Report of the Municipal Commissioner on the plague in Bombay for the year ending 31st May... - Volume 1
Disease focus: Plague
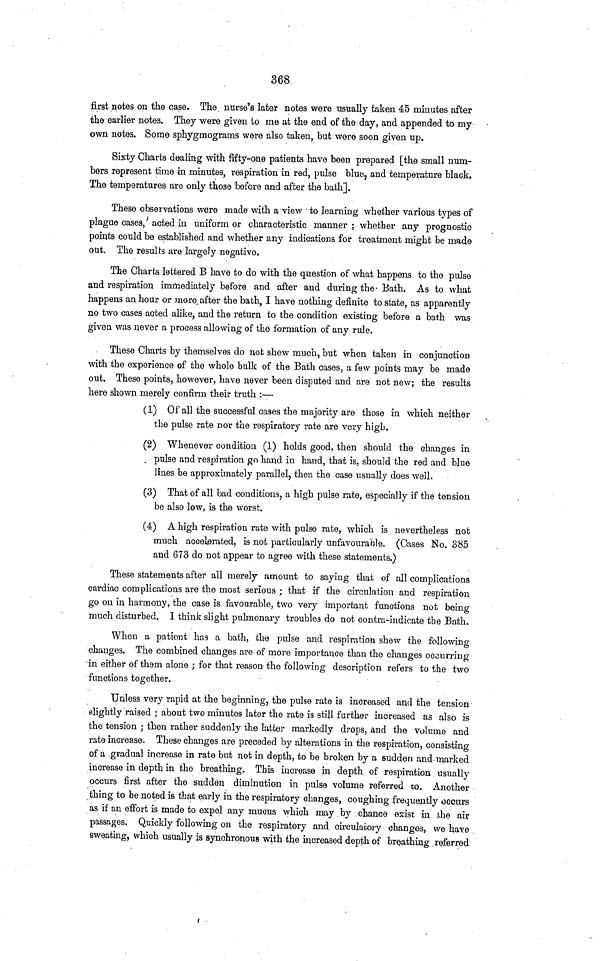
368
first notes on the case. The nurse's later notes were usually taken 45 minutes after
the earlier notes. They were given to me at the end of the day, and appended to my
own notes. Some sphygmograms were also taken, but were soon given up.
Sixty Charts dealing with fifty-one patients have been prepared [the small num-
bers represent time in minutes, respiration in red, pulse blue, and temperature black.
The temperatures are only those before and after the bath].
These observations were made with a view to learning whether various types of
plague cases, acted in uniform or characteristic manner ; whether any prognostic
points could be established and whether any indications for treatment might be made
out. The results are largely negative.
The Charts lettered B have to do with the question of what happens to the pulse
and respiration immediately before and after and during the- Bath. As to what
happens an hour or more after the bath, I have nothing definite to state, as apparently
no two cases acted alike, and the return to the condition existing before a bath was
given was never a process allowing of the formation of any rule.
These Charts by themselves do not shew much, but when taken in conjunction
with the experience of the whole bulk of the Bath cases, a few points may be made
out. These points, however, have never been disputed and are not new; the results
here shown merely confirm their truth :—
(1) Of all the successful cases the majority are those in which neither
the pulse rate nor the respiratory rate are very high.
(2) Whenever condition (1) holds good, then should the changes in
pulse and respiration go hand in hand, that is, should the red and blue
lines be approximately parallel, then the case usually does well.
(3) That of all bad conditions, a high pulse rate, especially if the tension
be also low, is the worst.
(4) A high respiration rate with pulse rate, which is nevertheless not
much accelerated, is not particularly unfavourable. (Cases No. 385
and 673 do not appear to agree with these statements.)
These statements after all merely amount to saying that of all complications
cardiac complications are the most serious ; that if the circulation and respiration
go on in htarmony, the case is favourable, two very important functions not being
much disturbed. I think slight pulmonary troubles do not centra-indicate the Bath.
When a patient has a bath, the pulse and respiration shew the following-
changes. The combined changes are of more importance than the changes occurring
in either of them alone ; for that reason the following description refers to the two
functions together. 'cr
Unless very rapid at the beginning, the pulse rate is increased and the tension
slightly 'raised ; about two minutes later the rate is still further increased as also is
the tension ; then rather suddenly the latter markedly drops, and the volume and
rate increase. These- changes are preceded by alterations in the respiration, consisting
of a gradual increase in rate but not in depth, to be broken by a sudden and mai'ked
increase in depth in the breathing. This increase in depth of respiration usually
occurs first after the sudden diminution in pulse volume referred to. Another
thing to be noted is that early in the respiratory changes, coughing frequently occurs
as if an effort is made to expel any mucus which may by chance esist in the air
passages. Quickly following on the respiratory and circulatory changes, we have
sweating, which usually is synchronous with the increased depth of breathing referred